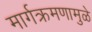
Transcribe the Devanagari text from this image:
मार्गक्रमणामुळे